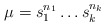
\begin{align*}\mu=s_1^{n_1} \dots s_k^{n_k}\end{align*}